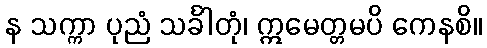
န သက္ကာ ပုညံ သင်္ခါတုံ၊ ဣမေတ္တမပိ ကေနစိ။